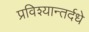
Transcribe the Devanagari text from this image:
प्रविश्यान्तर्दधे